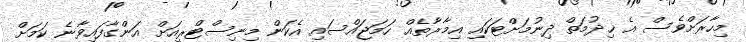
މިހާރަށްވެސް އެ ޚިދުމަތް ދިނުމަށްޓަކައި އިމާރާތެއް ހަމަޖައްސައި އެކަން މިނިސްޓްރީއަށް އަންގާފައިވާނެ ކަމަށް